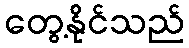
တွေ့နိုင်သည်